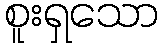
စူးရှသော